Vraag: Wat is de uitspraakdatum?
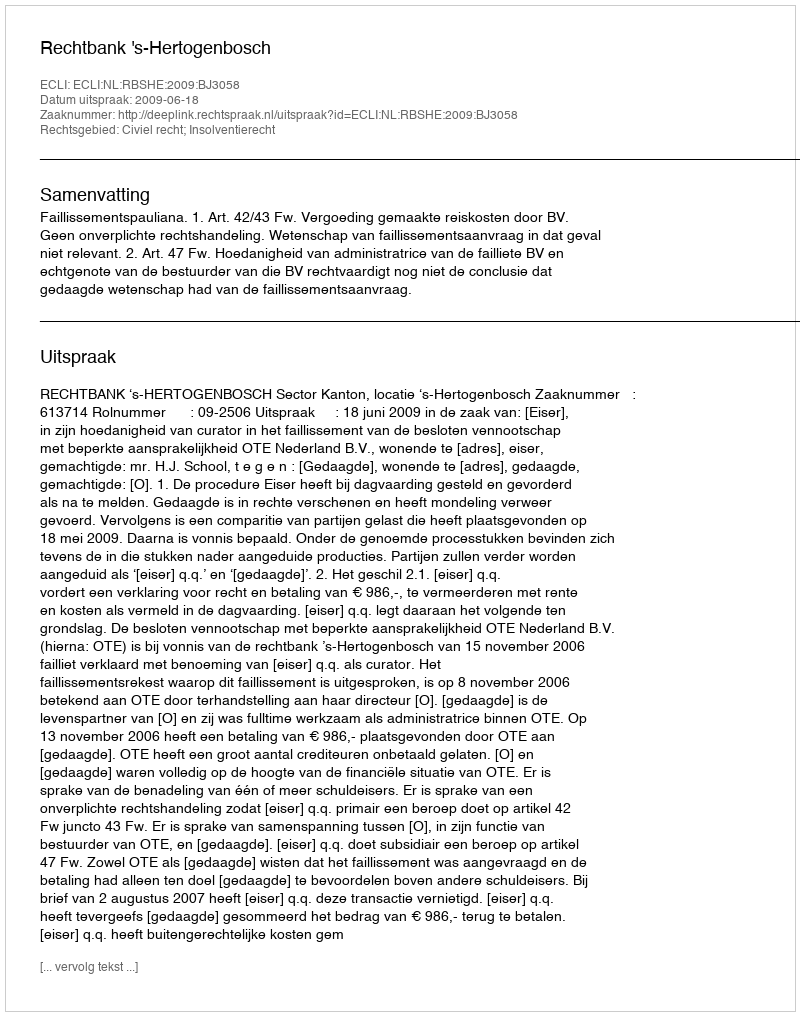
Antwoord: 2009-06-18